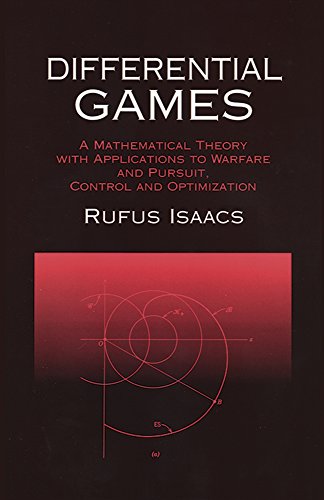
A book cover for Differential Games: A Mathematical Theory with Applications to Warfare and Pursuit, Control and Optimization (Dover Books on Mathematics); Rufus Isaacs; Science & Math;